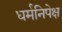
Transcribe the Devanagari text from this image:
धर्मनिपेक्ष